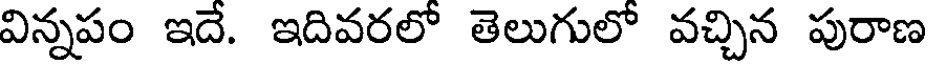
విన్నపం ఇదే. ఇదివరలో తెలుగులో వచ్చిన పురాణ